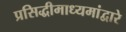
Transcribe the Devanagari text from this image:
प्रसिद्धीमाध्यमांद्वारे